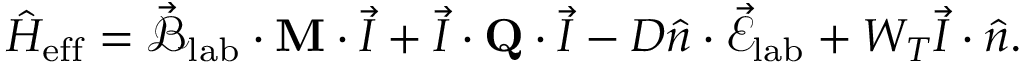
\hat { H } _ { \mathrm { e f f } } = \vec { \mathcal { B } } _ { \mathrm { l a b } } \cdot \mathbf { M } \cdot \vec { I } + \vec { I } \cdot \mathbf { Q } \cdot \vec { I } - D \hat { n } \cdot \vec { \mathcal { E } } _ { \mathrm { l a b } } + W _ { T } \vec { I } \cdot \hat { n } .